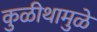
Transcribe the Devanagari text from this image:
कुळीथामुळे